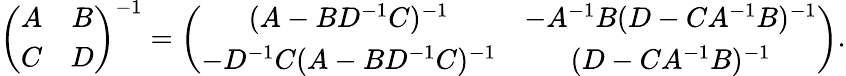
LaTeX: \left(\begin{array}{cc}{{A}}&{{B}}\\ {{C}}&{{D}}\end{array}\right)^{-1}=\left(\begin{array}{cc}{{(A-BD^{-1}C)^{-1}}}&{{-A^{-1}B(D-CA^{-1}B)^{-1}}}\\ {{-D^{-1}C(A-BD^{-1}C)^{-1}}}&{{(D-CA^{-1}B)^{-1}}}\end{array}\right).